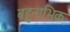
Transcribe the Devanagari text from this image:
बहुनाभिक